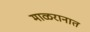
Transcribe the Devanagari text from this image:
माळरानात